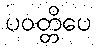
ပဝတ္တိပေ